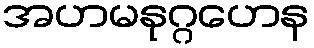
အဟမနုဂ္ဂဟေန